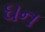
ઘન